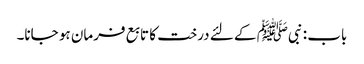
باب : نبیﷺ کے لئے درخت کا تابع فرمان ہو جانا۔